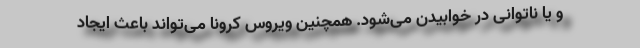
و یا ناتوانی در خوابیدن می‌شود. همچنین ویروس کرونا می‌تواند باعث ایجاد